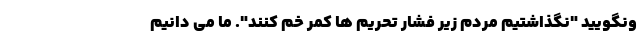
ونگویید "نگذاشتیم مردم زیر فشار تحریم ها کمر خم کنند". ما می دانیم